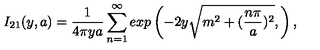
I _ { 2 1 } ( y , a ) = \frac { 1 } { 4 \pi y a } \sum _ { n = 1 } ^ { \infty } e x p \left( - 2 y \sqrt { m ^ { 2 } + ( \frac { n \pi } { a } ) ^ { 2 } } , \right) ,